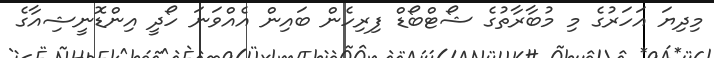
މިދިޔަ އަހަރުގެ މި މުބާރާތުގެ ޝޯޓްބޯޑް ފިރިހެން ބައިން އެއްވަނަ ހޯދީ އިންޑޮނީޝިއާގެ